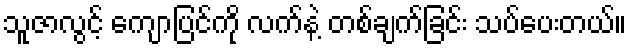
သူဇာလွင့် ကျောပြင်ကို လက်နဲ့ တစ်ချက်ခြင်း သပ်ပေးတယ်။